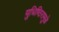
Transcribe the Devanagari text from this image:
युधिष्ठिरामुळे